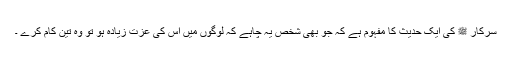
سرکار ﷺ کی ایک حدیث کا مفہوم ہے کہ جو بھی شخص یہ چاہے کہ لوگوں میں اس کی عزت زیادہ ہو تو وہ تین کام کرے ۔